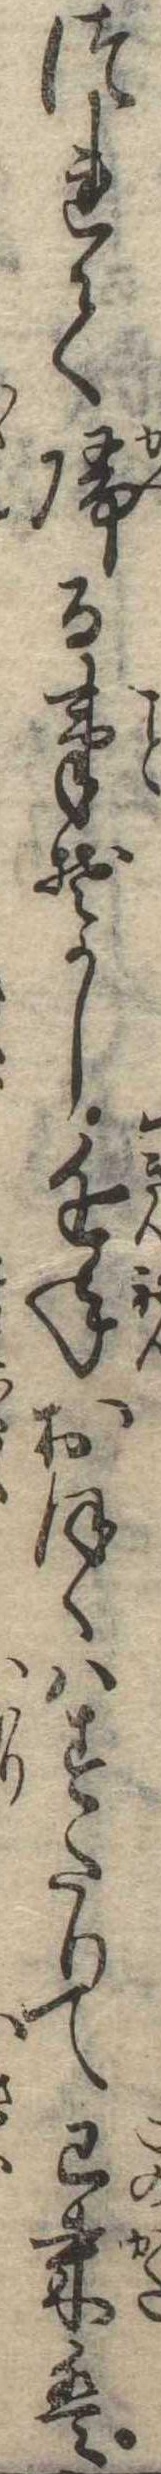
つれて帰る事ぞかし近年おほくはすたりて已来は